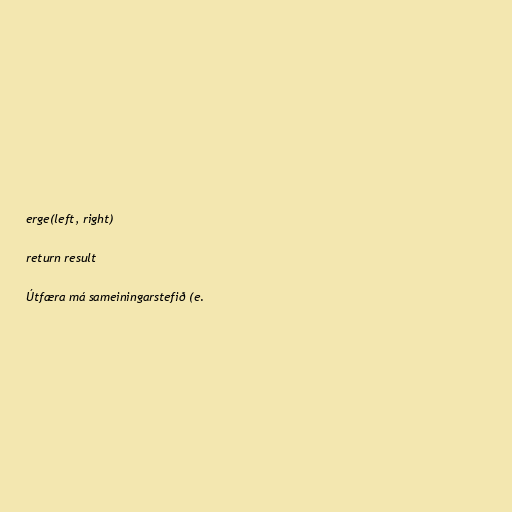
erge(left, right)

return result

Útfæra má sameiningarstefið (e.